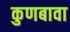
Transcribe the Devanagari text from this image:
कुणबावा